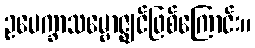
ဥပေက္ခာသမ္ဗောဇ္ဈင်ဖြစ်ကြောင်း။